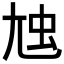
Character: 𡯥